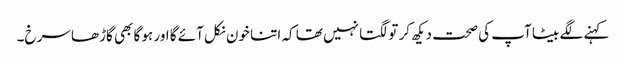
کہنے لگے بیٹا آپ کی صحت دیکھ کر تو لگتا نہیں تھا کہ اتنا خون نکل آئے گا اور ہو گا بھی گاڑھا سرخ۔